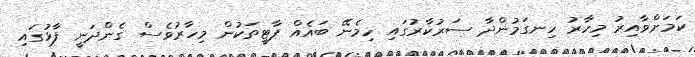
ކަމަށްވާއިރު މިހާރު ހިނގަމުންދާ ސަރުކާރުގައި ހިމެނޭ ބައެއް ޕާޓީތަކުން މިހާރުވެސް ގެންދަނީ ފާޅުގައި